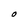
Character: O